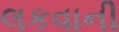
લકવાની